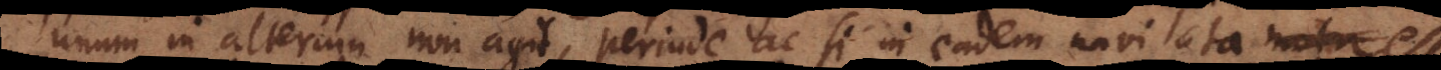
unum in alterum non agit, perinde ac si in eadem navi lata